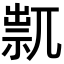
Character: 𥚋